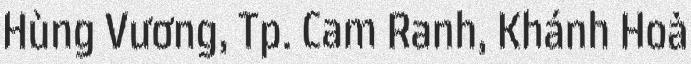
Hùng Vương, Tp. Cam Ranh, Khánh Hoà